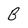
Character: B